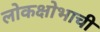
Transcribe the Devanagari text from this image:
लोकक्षोभाची